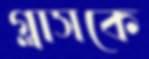
গ্লাসকে